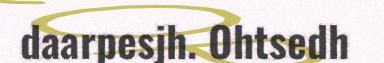
daarpesjh. Ohtsedh